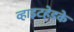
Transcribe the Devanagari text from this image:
व्हाइटहेडके